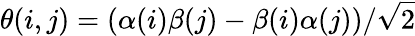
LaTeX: \theta(i,j)=(\alpha(i)\beta(j)-\beta(i)\alpha(j))/\sqrt{2}